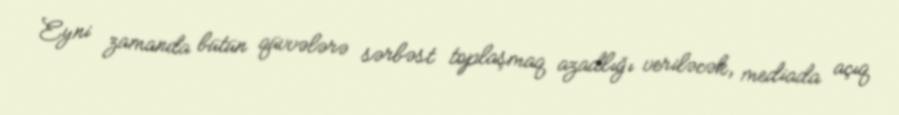
Eyni zamanda bütün qüvvələrə sərbəst toplaşmaq azadlığı veriləcək, mediada açıq